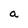
Character: a